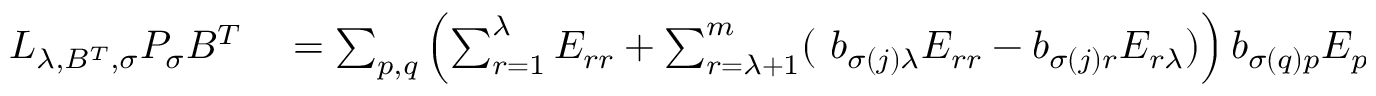
\begin{array} { r l } { L _ { \lambda , B ^ { T } , \sigma } P _ { \sigma } B ^ { T } } & { { } = \sum _ { p , q } \left( \sum _ { r = 1 } ^ { \lambda } E _ { r r } + \sum _ { r = \lambda + 1 } ^ { m } ( \ b _ { \sigma ( j ) \lambda } E _ { r r } - b _ { \sigma ( j ) r } E _ { r \lambda } ) \right) b _ { \sigma ( q ) p } E _ { p q } } \end{array}